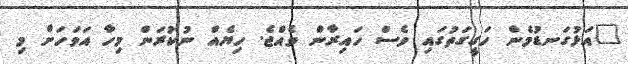
"އަޅުގަނޑުމެން ހަގީގަތުގައި ވެސް ހައިރާން ވެއްޖެ. ހިޔެއް ނުކުރަން މިހާ އަވަހަށް މި